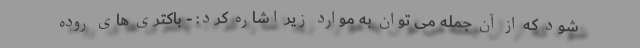
شود که از آن جمله می توان به موارد زیر اشاره کرد: - باکتری های روده